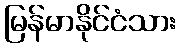
မြန်မာနိုင်ငံသား